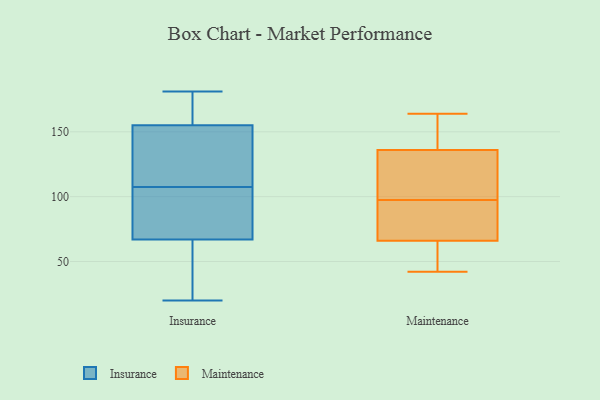
{"axis": {"x": "Budget (USD K)", "y": "Value"}, "legend": ["Insurance", "Maintenance"], "data": [{"x": "", "y": 20, "type": "Insurance"}, {"x": "", "y": 102, "type": "Insurance"}, {"x": "", "y": 61, "type": "Insurance"}, {"x": "", "y": 48, "type": "Insurance"}, {"x": "", "y": 176, "type": "Insurance"}, {"x": "", "y": 113, "type": "Insurance"}, {"x": "", "y": 67, "type": "Insurance"}, {"x": "", "y": 181, "type": "Insurance"}, {"x": "", "y": 143, "type": "Insurance"}, {"x": "", "y": 116, "type": "Insurance"}, {"x": "", "y": 155, "type": "Insurance"}, {"x": "", "y": 86, "type": "Insurance"}, {"x": "", "y": 168, "type": "Insurance"}, {"x": "", "y": 87, "type": "Insurance"}, {"x": "", "y": 66, "type": "Maintenance"}, {"x": "", "y": 94, "type": "Maintenance"}, {"x": "", "y": 136, "type": "Maintenance"}, {"x": "", "y": 120, "type": "Maintenance"}, {"x": "", "y": 95, "type": "Maintenance"}, {"x": "", "y": 164, "type": "Maintenance"}, {"x": "", "y": 154, "type": "Maintenance"}, {"x": "", "y": 62, "type": "Maintenance"}, {"x": "", "y": 42, "type": "Maintenance"}, {"x": "", "y": 100, "type": "Maintenance"}]}